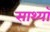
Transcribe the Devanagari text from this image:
साथ्याँ